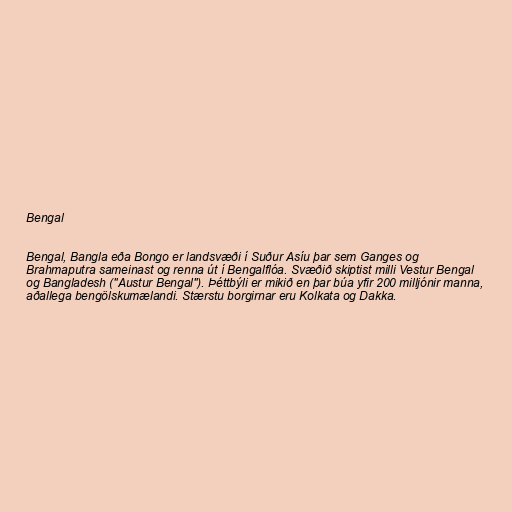
Bengal

Bengal, Bangla eða Bongo er landsvæði í Suður Asíu þar sem Ganges og
Brahmaputra sameinast og renna út í Bengalflóa. Svæðið skiptist milli Vestur Bengal
og Bangladesh ("Austur Bengal"). Þéttbýli er mikið en þar búa yfir 200 milljónir manna,
aðallega bengölskumælandi. Stærstu borgirnar eru Kolkata og Dakka.